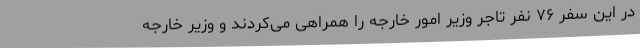
در این سفر ۷۶ نفر تاجر وزیر امور خارجه را همراهی می‌کردند و وزیر خارجه